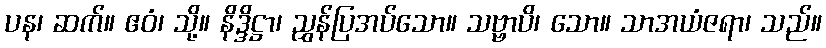
ပန၊ ဆက်။ ဧဝံ၊ သို့။ နိဒ္ဒိဋ္ဌာ၊ ညွှန်ပြအပ်သော။ သဗ္ဗာပိ၊ သော။ သာအယံဇရာ၊ သည်။